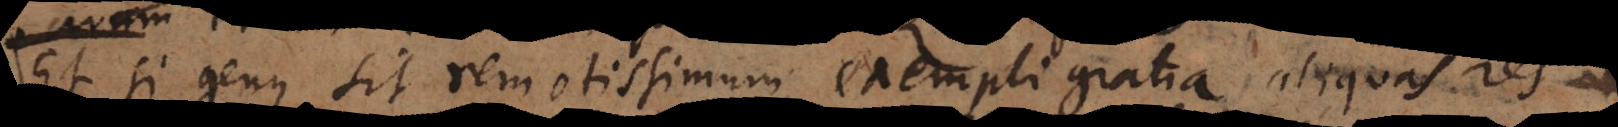
Et si genus sit remotissimum, exempli gratia sub substant